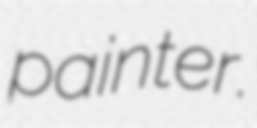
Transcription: painter.